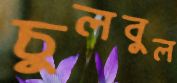
চুলবুল